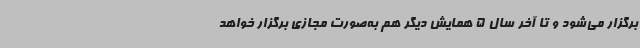
برگزار می‌شود و تا آخر سال 5 همایش دیگر هم به‌صورت مجازی برگزار خواهد